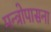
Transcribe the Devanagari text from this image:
मन्त्रोपासना